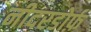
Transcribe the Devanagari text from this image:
नीदरडोर्फ़